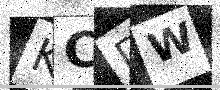
Text: KCDW